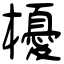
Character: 櫌